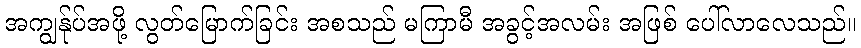
အကျွန်ုပ်အဖို့ လွတ်မြောက်ခြင်း အစသည် မကြာမီ အခွင့်အလမ်း အဖြစ် ပေါ်လာလေသည်။